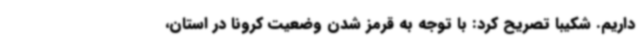
داریم. شکیبا تصریح کرد: با توجه به قرمز شدن وضعیت کرونا در استان،